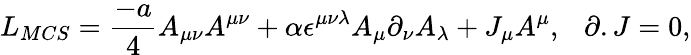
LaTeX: L_{MCS}={\frac{-a}{4}}A_{\mu\nu}A^{\mu\nu}+\alpha\epsilon^{\mu\nu\lambda}A_{\mu}\partial_{\nu}A_{\lambda}+J_{\mu}A^{\mu},~~~\partial.J=0,